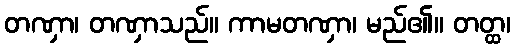
တဏှာ၊ တဏှာသည်။ ကာမတဏှာ၊ မည်၏။ တတ္ထ၊